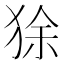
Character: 狳